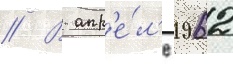
// В апр'е́л'е 1962